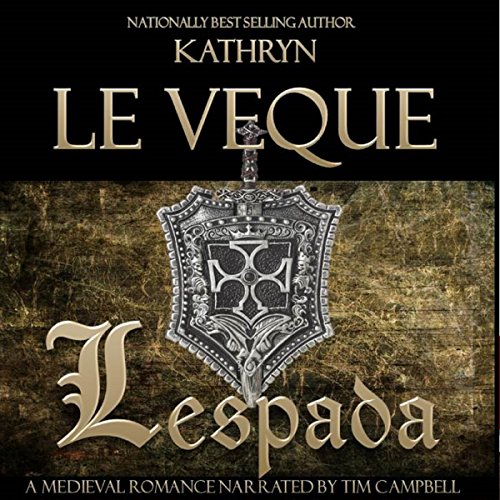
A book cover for Lespada; Kathryn Le Veque; Romance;